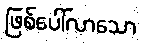
ဖြစ်ပေါ်လာသော